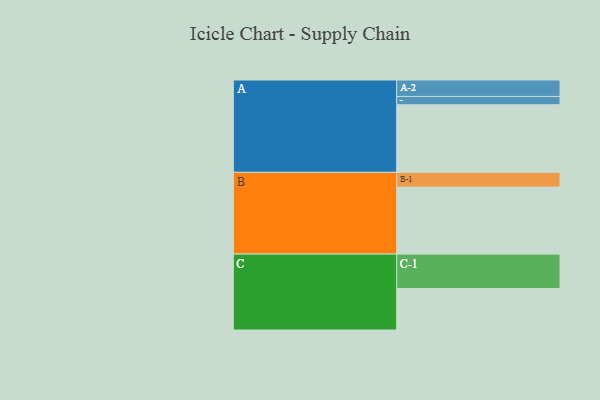
{"axis": {"x": "Segment", "y": "Value"}, "legend": ["", "A", "B", "C"], "data": [{"x": "A", "y": 538, "type": ""}, {"x": "B", "y": 534, "type": ""}, {"x": "C", "y": 330, "type": ""}, {"x": "A-1", "y": 66, "type": "A"}, {"x": "A-2", "y": 131, "type": "A"}, {"x": "B-1", "y": 117, "type": "B"}, {"x": "C-1", "y": 274, "type": "C"}]}